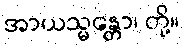
အာယသ္မန္တော၊ တို့။